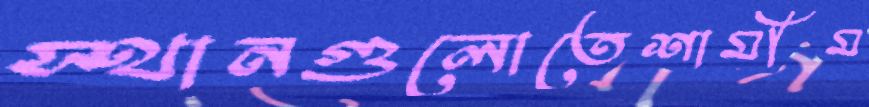
স্থানগুলোতেশামীম